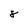
Character: 8